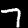
Label: 7